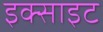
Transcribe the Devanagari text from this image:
इक्साइट